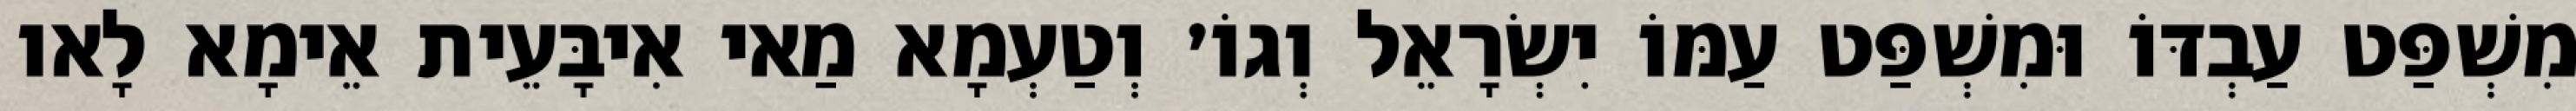
מִשְׁפַּט עַבְדּוֹ וּמִשְׁפַּט עַמּוֹ יִשְׂרָאֵל וְגוֹ׳ וְטַעְמָא מַאי אִיבָּעֵית אֵימָא לָאו